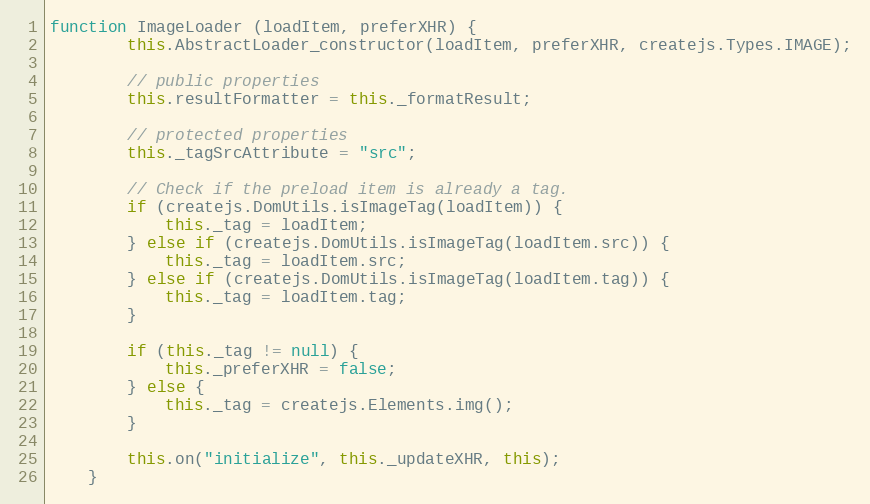
Language: JavaScript
function ImageLoader (loadItem, preferXHR) {
		this.AbstractLoader_constructor(loadItem, preferXHR, createjs.Types.IMAGE);

		// public properties
		this.resultFormatter = this._formatResult;

		// protected properties
		this._tagSrcAttribute = "src";

		// Check if the preload item is already a tag.
		if (createjs.DomUtils.isImageTag(loadItem)) {
			this._tag = loadItem;
		} else if (createjs.DomUtils.isImageTag(loadItem.src)) {
			this._tag = loadItem.src;
		} else if (createjs.DomUtils.isImageTag(loadItem.tag)) {
			this._tag = loadItem.tag;
		}

		if (this._tag != null) {
			this._preferXHR = false;
		} else {
			this._tag = createjs.Elements.img();
		}

		this.on("initialize", this._updateXHR, this);
	}